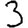
Digit: 3